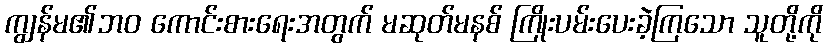
ကျွန်မ၏ဘဝ ကောင်းစားရေးအတွက် မဆုတ်မနစ် ကြိုးပမ်းပေးခဲ့ကြသော သူတို့ကို